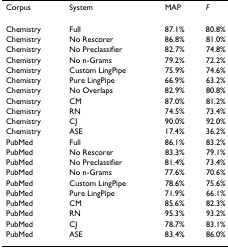
<table><thead><tr><td><b>Corpus</b></td><td><b>System</b></td><td><b>MAP</b></td><td><b><i>F</i></b></td></tr></thead><tbody><tr><td>Chemistry</td><td>Full</td><td>87.1%</td><td>80.8%</td></tr><tr><td>Chemistry</td><td>No Rescorer</td><td>86.8%</td><td>81.0%</td></tr><tr><td>Chemistry</td><td>No Preclassifier</td><td>82.7%</td><td>74.8%</td></tr><tr><td>Chemistry</td><td>No n-Grams</td><td>79.2%</td><td>72.2%</td></tr><tr><td>Chemistry</td><td>Custom LingPipe</td><td>75.9%</td><td>74.6%</td></tr><tr><td>Chemistry</td><td>Pure LingPipe</td><td>66.9%</td><td>63.2%</td></tr><tr><td>Chemistry</td><td>No Overlaps</td><td>82.9%</td><td>80.8%</td></tr><tr><td>Chemistry</td><td>CM</td><td>87.0%</td><td>81.2%</td></tr><tr><td>Chemistry</td><td>RN</td><td>74.5%</td><td>73.4%</td></tr><tr><td>Chemistry</td><td>CJ</td><td>90.0%</td><td>92.0%</td></tr><tr><td>Chemistry</td><td>ASE</td><td>17.4%</td><td>36.2%</td></tr><tr><td>PubMed</td><td>Full</td><td>86.1%</td><td>83.2%</td></tr><tr><td>PubMed</td><td>No Rescorer</td><td>83.3%</td><td>79.1%</td></tr><tr><td>PubMed</td><td>No Preclassifier</td><td>81.4%</td><td>73.4%</td></tr><tr><td>PubMed</td><td>No n-Grams</td><td>77.6%</td><td>70.6%</td></tr><tr><td>PubMed</td><td>Custom LingPipe</td><td>78.6%</td><td>75.6%</td></tr><tr><td>PubMed</td><td>Pure LingPipe</td><td>71.9%</td><td>66.1%</td></tr><tr><td>PubMed</td><td>CM</td><td>85.6%</td><td>82.3%</td></tr><tr><td>PubMed</td><td>RN</td><td>95.3%</td><td>93.2%</td></tr><tr><td>PubMed</td><td>CJ</td><td>78.7%</td><td>83.1%</td></tr><tr><td>PubMed</td><td>ASE</td><td>83.4%</td><td>86.0%</td></tr></tbody></table>